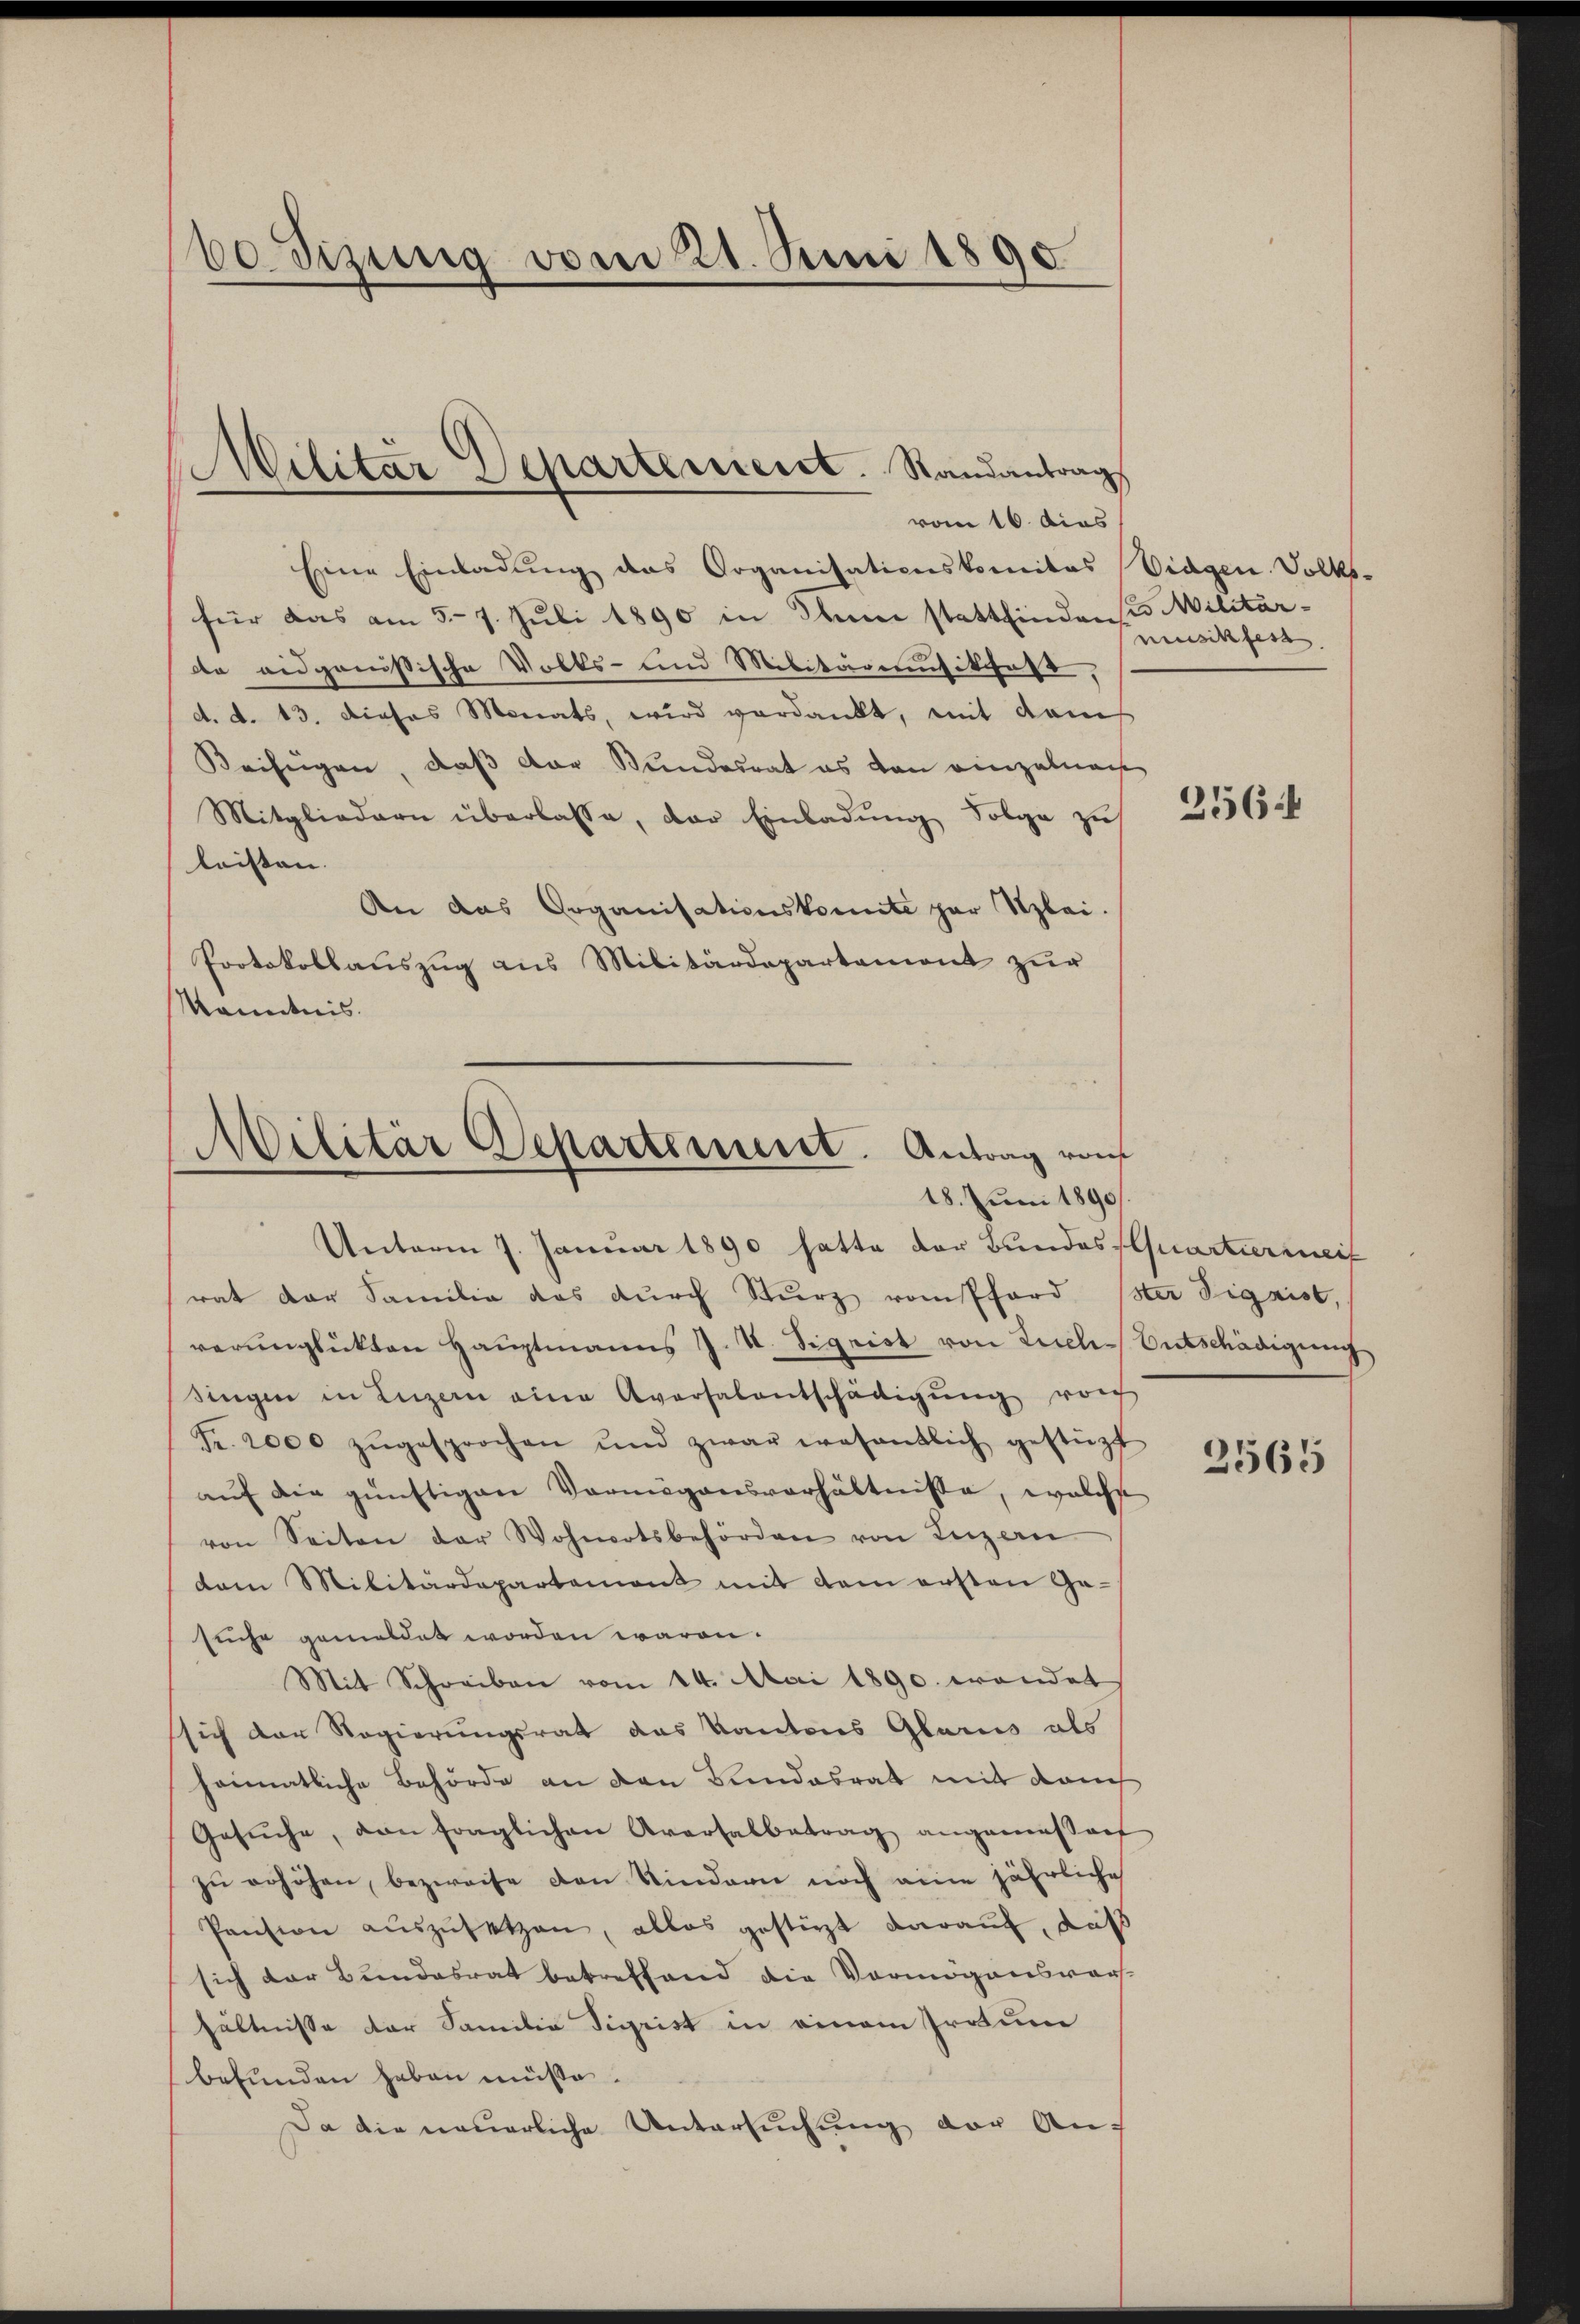
60 dizung vom 21. Juni 1890

Eine Einladung das Organisationskomitas Vidgen. Volks-
für das am 5-7. Juli 1890 in Ihnen stattfinden u. Militärdte eidgenößische Volks- und Militärmusikast,
d. d. 13. dieses Monats, wird verdankt, mit dans
Beifügen, daß der Bundesrat es von einzelnach
Mitgliedern überlasse, der Einladung Folge zu
leisten.
An das Organisationskomite par Szlei.
Protokollauszug aus Militärdepartemont zur
Kenntnis.

Militar Departeniert. Randantrag
vom 16. dies

Militär Departement. Antrag von
18. Juni 1890

Unterm 7. Januar 1890 hatte der Bundes Quartiermeis
rat der Familie das dŭrch Sturz vom Pferd ster Sigrist,
verunglükten Hauptmanns J. U. Sigrist von Tuch Entschädigung
singen in Luzern eine Aversalentschädigŭng von
Fr. 2000 zŭgesprochen und zwar wesentlich gestüzt
auf die günstigen Vermögensverhältnisse, welche
von Seiten der Wohnortsbehörden von Luzern
dam Militärdepartement mit dem ersten Ge-
suche gemeldet worden waren.
Mit Schreiben vom 14. Mai 1890. wendet
sich der Regierungsrat das Kantons Glarus als
heimatliche Behörde an den Bundesrat mit dauch
Gesŭche, den fraglichen Aversalbetrag angemessen
zŭ erhöhen, bezweife den Kindern noch eine jährliche
Pension aŭszŭsetzen, alles gestürzt darauf, daß
sich der Bundesrat betreffend die Vermögensvors-
hältnisse der Familie Sigrist in einem Iratu
befunden haben müsse.
Da die neuerliche Untersuchung der Auf

musik fest.

2564

2565